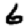
Digit: 6